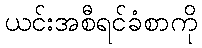
ယင်းအစီရင်ခံစာကို